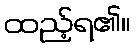
ထည့်ရ၏။